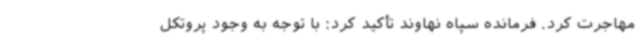
مهاجرت کرد. فرمانده سپاه نهاوند تأکید کرد: با توجه به وجود پروتکل